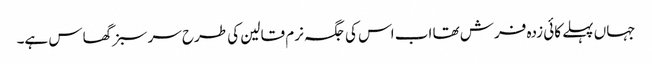
جہاں پہلے کائی زدہ فرش تھا اب اس کی جگہ نرم قالین کی طرح سر سبز گھاس ہے۔